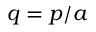
q = p / a